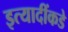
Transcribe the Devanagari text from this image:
इत्यादींकडे